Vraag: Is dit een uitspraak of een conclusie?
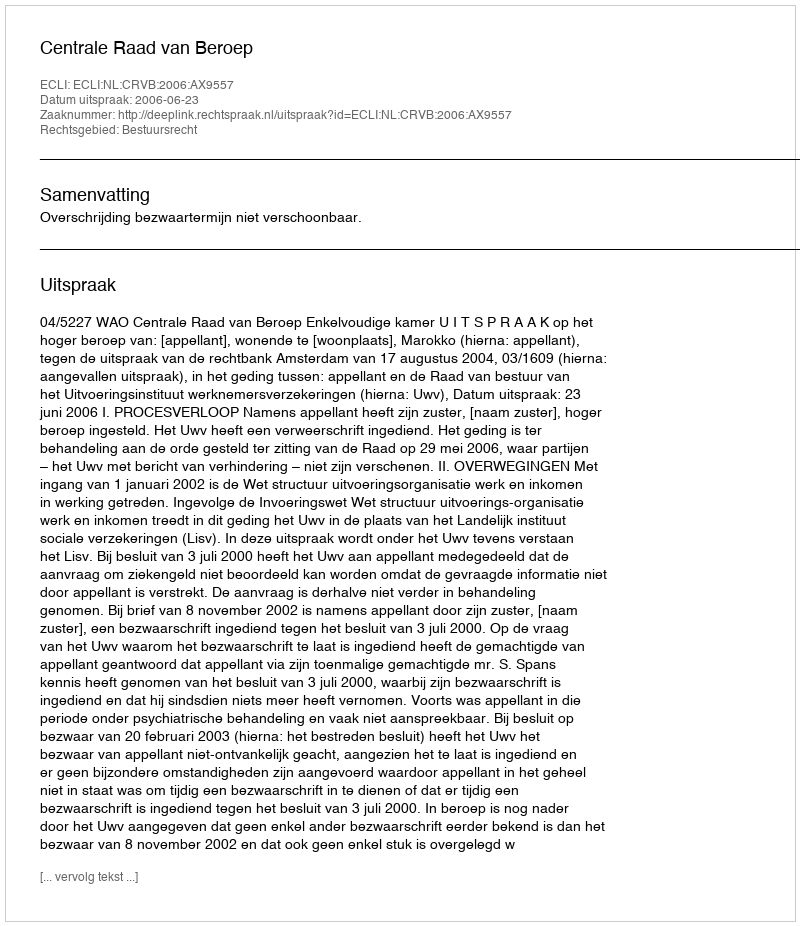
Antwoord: Uitspraak